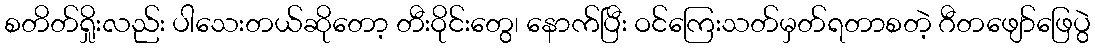
စတိတ်ရှိုးလည်း ပါသေးတယ်ဆိုတော့ တီးဝိုင်းတွေ၊ နောက်ပြီး ဝင်ကြေးသတ်မှတ်ရတာစတဲ့ ဂီတဖျော်ဖြေပွဲ